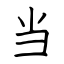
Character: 当